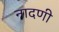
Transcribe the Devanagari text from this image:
नादणी